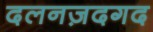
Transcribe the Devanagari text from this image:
दलनज़दगद